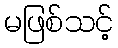
မဖြစ်သင့်